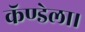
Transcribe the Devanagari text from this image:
कॅण्डेला।